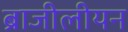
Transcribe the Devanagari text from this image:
ब्राजीलीयन